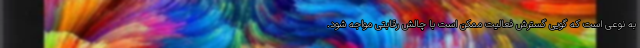
به نوعی است که گویی گسترش فعالیت ممکن است با چالش رقابتی مواجه شود.